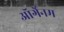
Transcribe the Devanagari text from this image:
ऑर्गेनम